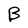
Character: B